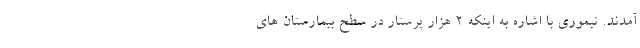
آمدند. تیموری با اشاره به اینکه ۲ هزار پرستار در سطح بیمارستان های